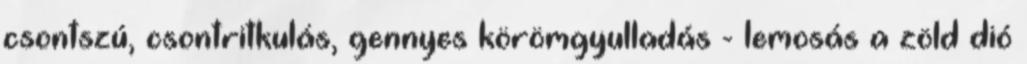
csontszú, csontritkulás, gennyes körömgyulladás - lemosás a zöld dió